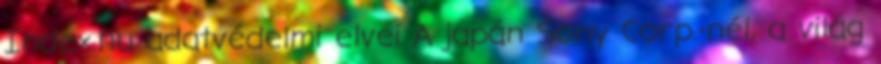
Index.hu adatvédelmi elvei A japán Sony Corp.-nél, a világ